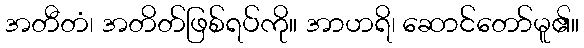
အတီတံ၊ အတိတ်ဖြစ်ရပ်ကို။ အာဟရိ၊ ဆောင်တော်မူ၏။